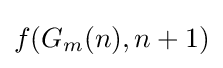
f(G_{m}(n),n+1)